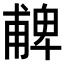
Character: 𠧃